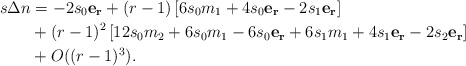
\begin{align*}s\Delta n & = -2 s_0 \mathbf{e_r} + (r-1)\left[ 6 s_0 m_1 + 4s_0\mathbf{e_r} -2 s_1 \mathbf{e_r}\right]\\&+(r-1)^2 \left[ 12 s_0 m_2 + 6s_0 m_1 -6s_0\mathbf{e_r} +6 s_1 m_1 + 4 s_1 \mathbf{e_r} -2 s_2 \mathbf{e_r}\right] \\& + O((r-1)^3).\end{align*}